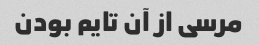
مرسی از آن تایم بودن